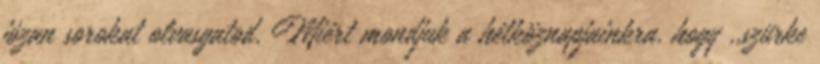
józan sorokat olvasgatod. Miért mondjuk a hétköznapjainkra, hogy ,,szürke